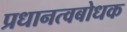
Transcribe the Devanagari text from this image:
प्रधानत्वबोधक